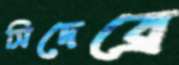
সিদেব্রে